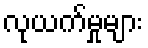
လုယက်မှုများ